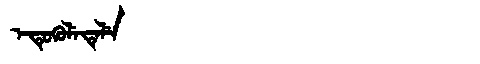
Manchu: ᡝᡨᡠᡴᡠᠯᡝᡨᡝᠯᡝ
Romanization: ETUKULETELE